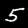
Digit: 5